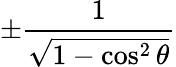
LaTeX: \pm{\frac{1}{\sqrt{1-\cos^{2}\theta}}}